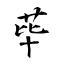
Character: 荜